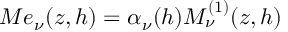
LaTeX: M e _ { \nu } ( z , h ) = \alpha _ { \nu } ( h ) M _ { \nu } ^ { ( 1 ) } ( z , h )